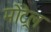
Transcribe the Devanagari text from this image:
मोंट्रेल